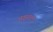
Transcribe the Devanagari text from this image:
अक्षुताल